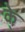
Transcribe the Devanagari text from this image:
के्